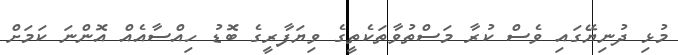
މުޅި ދުނިޔޭގައި ވެސް ކުރާ މަސްތުވާތަކެތީގެ ވިޔަފާރީގެ ބޮޑު ހިއްސާއެއް އޮންނަ ކަމަށް